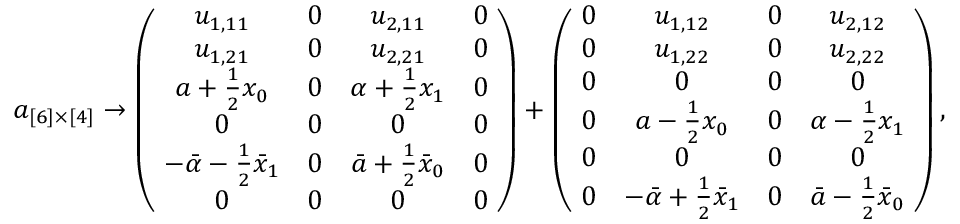
a _ { [ 6 ] \times [ 4 ] } \rightarrow \left( \! \begin{array} { c c c c } { { u _ { 1 , 1 1 } } } & { { 0 } } & { { u _ { 2 , 1 1 } } } & { { 0 } } \\ { { u _ { 1 , 2 1 } } } & { { 0 } } & { { u _ { 2 , 2 1 } } } & { { 0 } } \\ { { a + \frac { 1 } { 2 } x _ { 0 } } } & { { 0 } } & { { \alpha + \frac { 1 } { 2 } x _ { 1 } } } & { { 0 } } \\ { { 0 } } & { { 0 } } & { { 0 } } & { { 0 } } \\ { { - \bar { \alpha } - \frac { 1 } { 2 } \bar { x } _ { 1 } } } & { { 0 } } & { { \bar { a } + \frac { 1 } { 2 } \bar { x } _ { 0 } } } & { { 0 } } \\ { { 0 } } & { { 0 } } & { { 0 } } & { { 0 } } \end{array} \! \right) + \left( \! \begin{array} { c c c c } { { 0 } } & { { u _ { 1 , 1 2 } } } & { { 0 } } & { { u _ { 2 , 1 2 } } } \\ { { 0 } } & { { u _ { 1 , 2 2 } } } & { { 0 } } & { { u _ { 2 , 2 2 } } } \\ { { 0 } } & { { 0 } } & { { 0 } } & { { 0 } } \\ { { 0 } } & { { a - \frac { 1 } { 2 } x _ { 0 } } } & { { 0 } } & { { \alpha - \frac { 1 } { 2 } x _ { 1 } } } \\ { { 0 } } & { { 0 } } & { { 0 } } & { { 0 } } \\ { { 0 } } & { { - \bar { \alpha } + \frac { 1 } { 2 } \bar { x } _ { 1 } } } & { { 0 } } & { { \bar { a } - \frac { 1 } { 2 } \bar { x } _ { 0 } } } \end{array} \! \right) ,